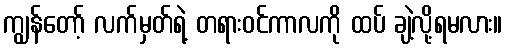
ကျွန်တော့် လက်မှတ်ရဲ့ တရားဝင်ကာလကို ထပ် ချဲ့လို့ရမလား။